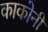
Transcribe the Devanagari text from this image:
काकोनी